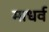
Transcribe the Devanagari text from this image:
माधर्व